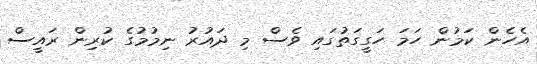
އެހެން ކަމުން ހަމަ ހަގީގަތުގައި ވެސް މި ދައުރު ނިމުމުގެ ކުރިން ރައީސް